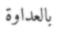
بالعداوة